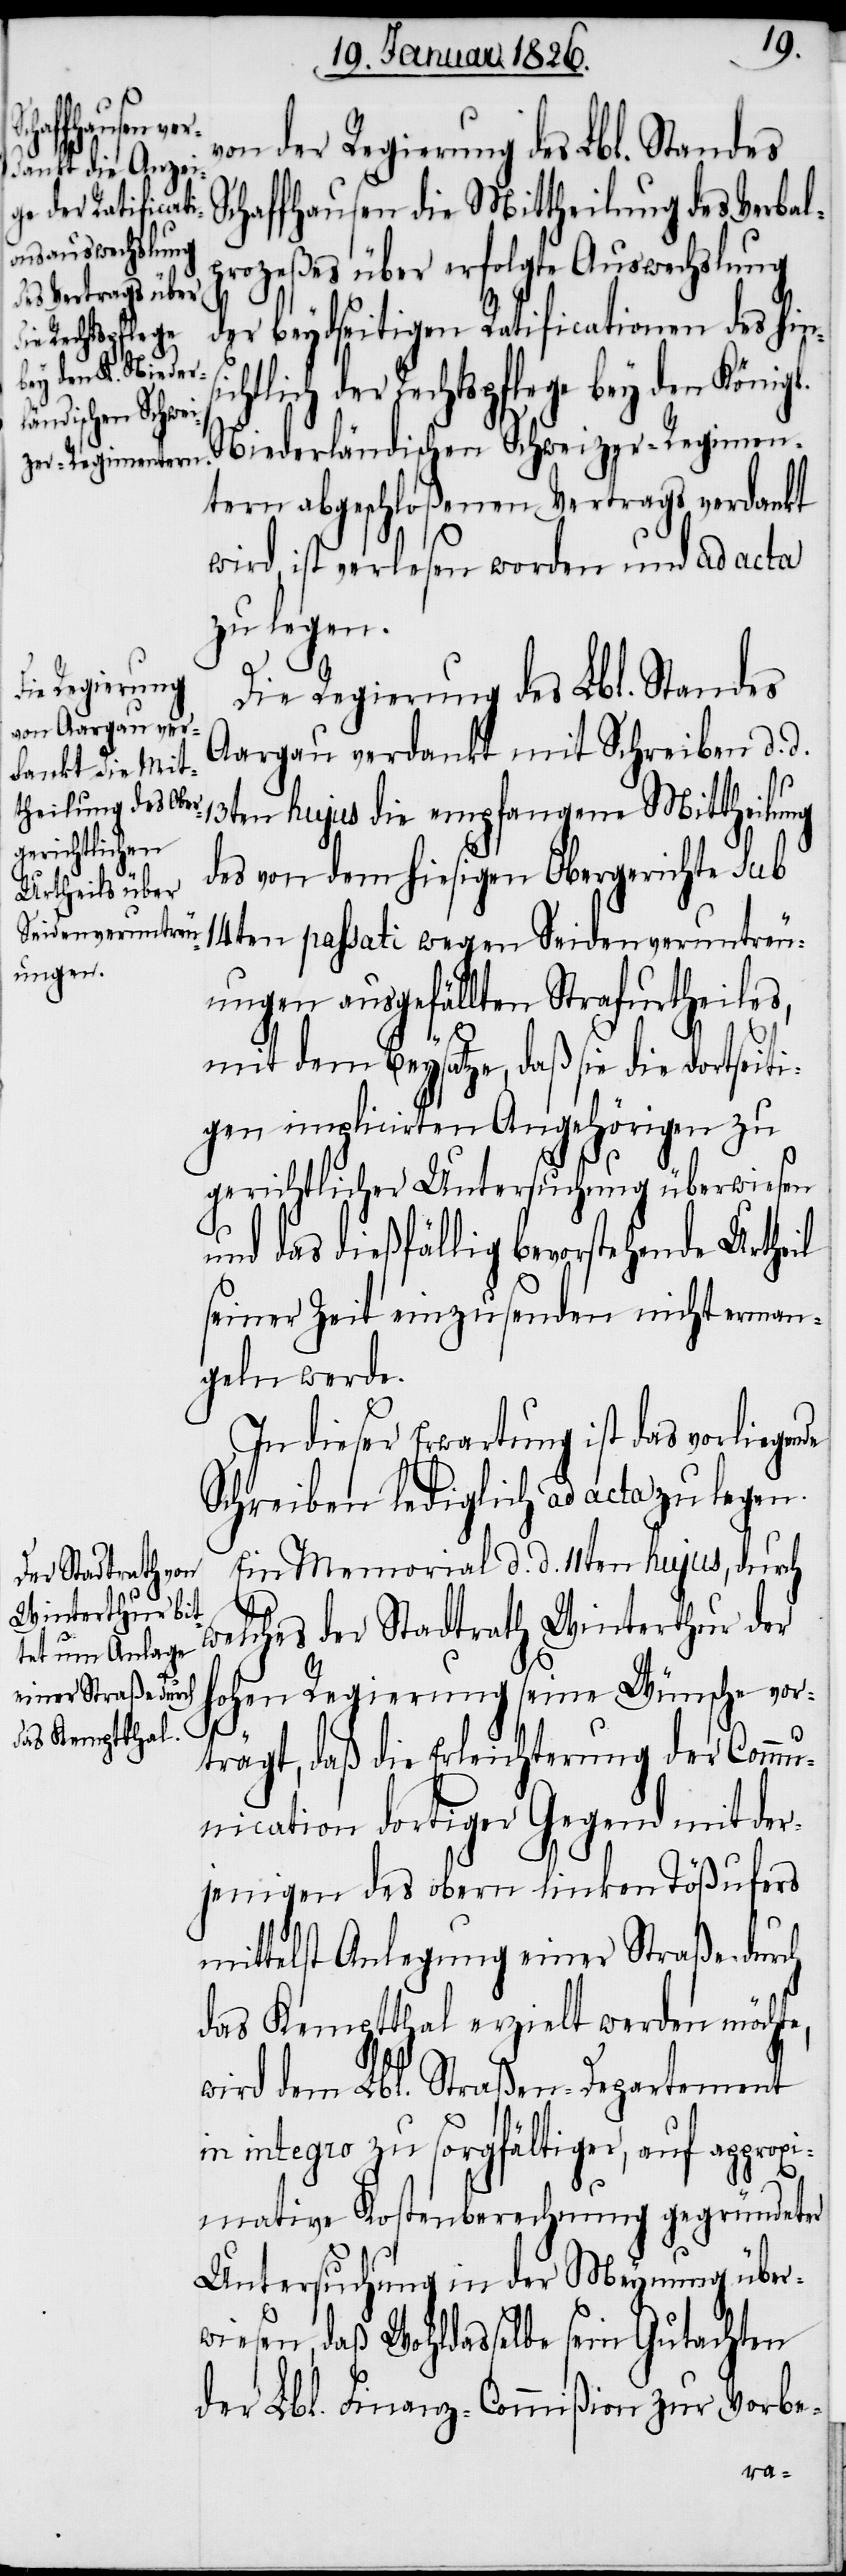
von der Regierung des Lbl. Standes
chaffhausen die Mittheilung des Verbal¬
prozeßes über erfolgte Auswechslung
der beydseitigen Ratificationen des hin¬
chtlich der Rechtspflege bey den Königl.
Niederländischen Schweizer-Regimen¬
tern abgeschloßenen Vertrags verdankt
wird, ist verlesen worden und ad acta
zu legen.
Die Regierung des Lbl. Standes
Aargau verdankt mit Schreiben d. d.
13ten hujus die empfangene Mittheilung
des von dem hiesigen Obergerichte sub
14ten passati wegen Seidenveruntreu¬
ungen ausgefällten Strafurtheiles,
mit dem Beysatze, daß sie die dortseiti¬
gen implicirten Angehörigen zu
gerichtlicher Untersuchung überwiesen
und das dießfällig bevorstehende Urtheil
seiner Zeit einzusenden nicht erman¬
geln werde.
In dieser Erwartung ist das vorliegen¬
Schreiben lediglich ad acta zu legen.
Ein Memorial d. d. 11ten hujus, durch
welches der Stadtrath Winterthur der
hohen Regierung seine Wünsche vor¬
e,
trägt, daß die Erleichterung der Commu¬
nication dortiger Gegend mit der¬
jenigen des obern linken Tößufers
mittelst Anlegung einer Straße durch
das Kemptthal erzielt werden möcht¬
wird dem Lbl. Straßen-Departement
in integro zu sorgfältiger, auf approxi¬
mative Kostenberechnung gegründeter
Untersuchung in der Meynung über¬
wiesen, daß Wohldasselbe sein Gutachten
der Lbl. Finanz-Commißion zur Vorbe-